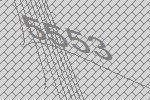
5553